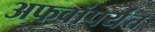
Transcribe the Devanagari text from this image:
अफवांपर्यंत